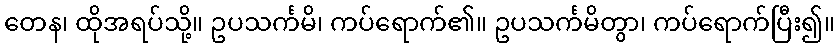
တေန၊ ထိုအရပ်သို့။ ဥပသင်္ကမိ၊ ကပ်ရောက်၏။ ဥပသင်္ကမိတွာ၊ ကပ်ရောက်ပြီး၍။